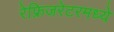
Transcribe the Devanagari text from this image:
रेफ्रिजरेटरमध्ये